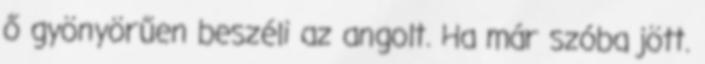
ő gyönyörűen beszéli az angolt. Ha már szóba jött.